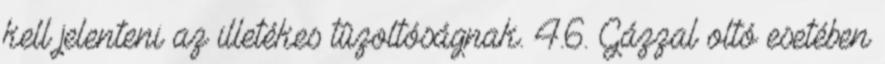
kell jelenteni az illetékes tûzoltóságnak. 4.6. Gázzal oltó esetében